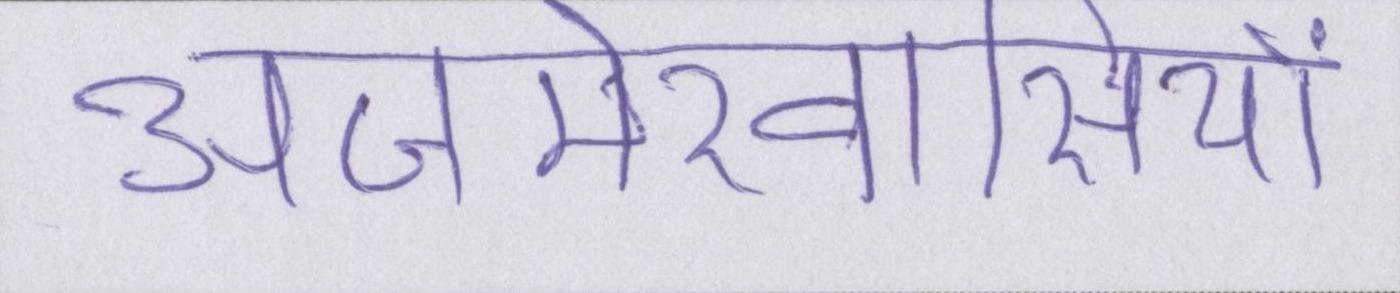
अजमेरवासियों